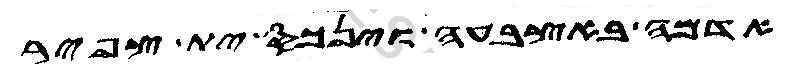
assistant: אדמה באצבעה וינכס ית צפיר